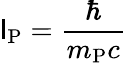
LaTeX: \mathsf{l}_{\mathrm{{P}}}={\frac{{\hbar}}{{m_{\mathrm{{P}}}c}}}